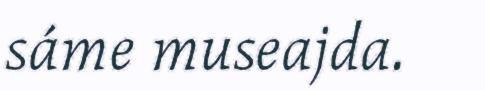
sáme museajda.